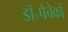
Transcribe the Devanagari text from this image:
डॉ॰पैचेको